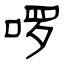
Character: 啰